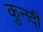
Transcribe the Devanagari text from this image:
कुनदी